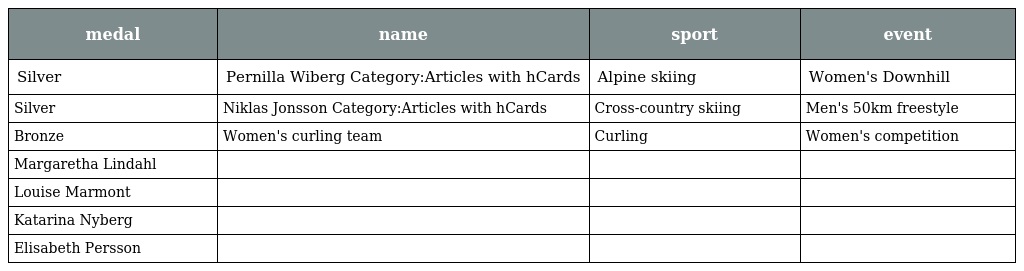
| medal | name | sport | event |
 | --- | --- | --- | --- |
 | Silver | Pernilla Wiberg Category:Articles with hCards | Alpine skiing | Women's Downhill |
 | Silver | Niklas Jonsson Category:Articles with hCards | Cross-country skiing | Men's 50km freestyle |
 | Bronze | Women's curling team | Curling | Women's competition |
 | Margaretha Lindahl |  |  |  |
 | Louise Marmont |  |  |  |
 | Katarina Nyberg |  |  |  |
 | Elisabeth Persson |  |  |  |